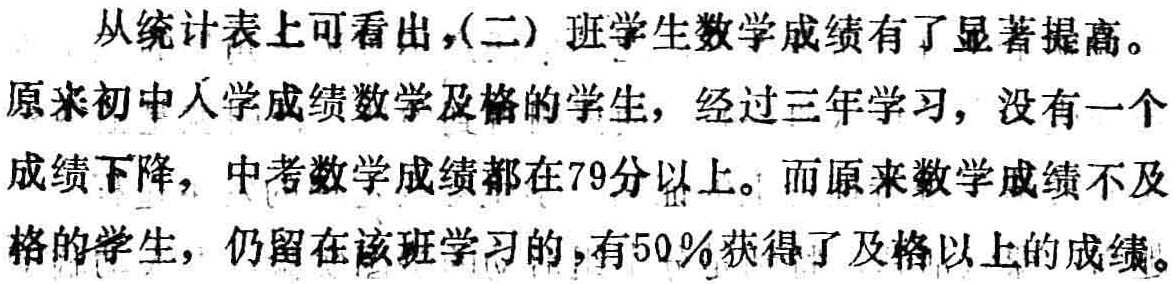
从统计表上可看出，(二) 班学生数学成绩有了显著提高。
原来初中入学成绩数学及格的学生，经过三年学习，没有一个成绩下降，中考数学成绩都在79分以上。而原来数学成绩不及格的学生，仍留在该班学习的，有50％获得了及格以上的成绩。